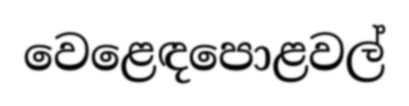
වෙළෙඳපොළවල්